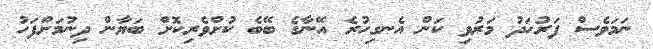
ނަމަވެސް ފަރުހަދު މަރުވި ކަން އެނގިހުރެ އޭނާގެ ބޭބެ ކުށްވެރިކޮށް ބަޔާން ދިނުމަށްފަހު